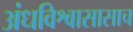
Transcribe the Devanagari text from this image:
अंधविश्वासासाच